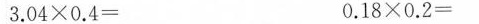
$$3.04\times0.4=$$ $$0.18\times0.2=$$